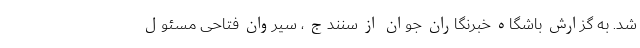
شد. به گزارش باشگاه خبرنگاران جوان از سنندج ، سیروان فتاحی مسئول